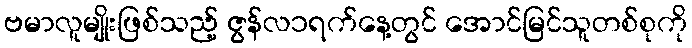
ဗမာလူမျိုးဖြစ်သည့် ဇွန်လ၁ရက်နေ့တွင် အောင်မြင်သူတစ်စုကို